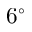
6 ^ { \circ }